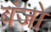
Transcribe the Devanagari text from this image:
बंजो